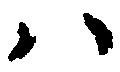
ハ